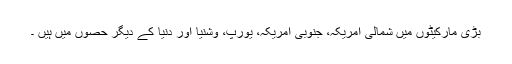
بڑی مارکیٹوں میں شمالی امریکہ، جنوبی امریکہ، یورپ، وشنیا اور دنیا کے دیگر حصوں میں ہیں ۔